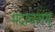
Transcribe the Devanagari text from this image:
भद्राचलम्‌